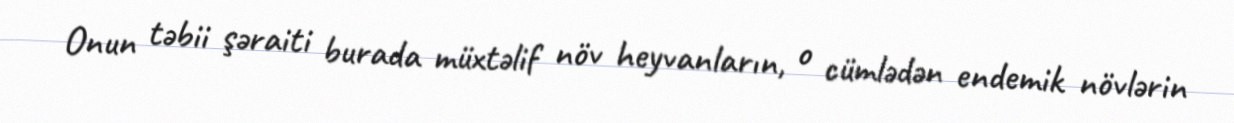
Onun təbii şəraiti burada müxtəlif növ heyvanların, o cümlədən endemik növlərin